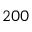
2 0 0